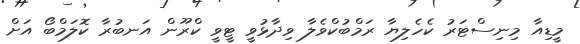
މީޑިއާ މިނިސްޓަރު ކެހެލިޔާ ރަމްބުކްވެލާ ވިދާޅުވީ ޓީވީ ކްރޫން އަނބުރާ ކޮލަމްބޯ އަށް